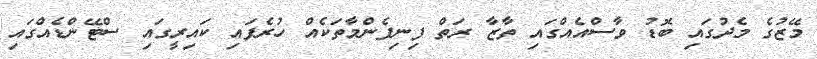
މޭޒުގެ މެދުގައި ބޮޑު ވާސްއެއްގައި ތާޒާ ރަތް ފިނިފެންމާތަކެއް ހުރެފައި ކައިރީގައި ސްޓޭންޑެއްގައި